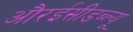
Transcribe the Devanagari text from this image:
औरईसीडब्ल्यू